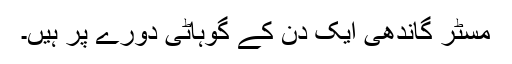
مسٹر گاندھی ایک دن کے گوہاٹی دورے پر ہیں۔